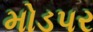
મોડપર